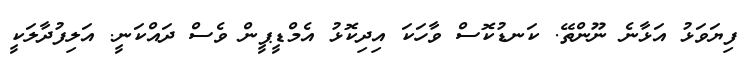
ފިޔަވަޅު އަޅާނެ ނޫންތޭ. ކަނޑުކޮސް ވާހަކަ އިދިކޮޅު އެމްޑީޕީން ވެސް ދައްކަނީ. އަލިފުދާލަކީ